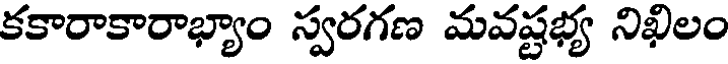
కకారాకారాభ్యాం స్వరగణ మవష్టభ్య నిఖిలం